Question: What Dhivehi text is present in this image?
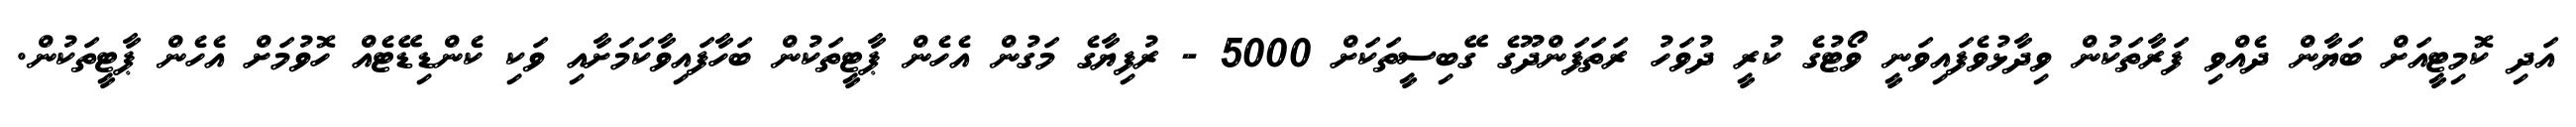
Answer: އަދި ކޮމިޓީއަށް ބަޔާން ދެއްވި ފަރާތަކުން ވިދާޅުވެފައިވަނީ ވޯޓުގެ ކުރީ ދުވަހު ރަތަފަންދޫގެ ގޭބިސީތަކަށް 5000 - ރުފިޔާގެ މަގުން އެހެން ޕާޓީތަކުން ބަހާފައިވާކަމަށާއި ވަކި ކެންޑިޑޭޓެއް ހޮވުމަށް އެހެން ޕާޓީތަކުން.